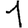
Digit: 1